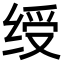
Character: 绶